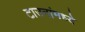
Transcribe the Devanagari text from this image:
टाउनांमध्ये